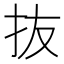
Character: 抜